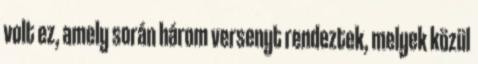
volt ez, amely során három versenyt rendeztek, melyek közül